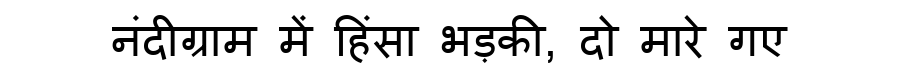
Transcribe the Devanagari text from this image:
नंदीग्राम में हिंसा भड़की, दो मारे गए